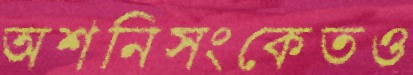
অশনিসংকেতও